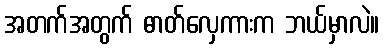
အတက်အတွက် ဓာတ်လှေကားက ဘယ်မှာလဲ။